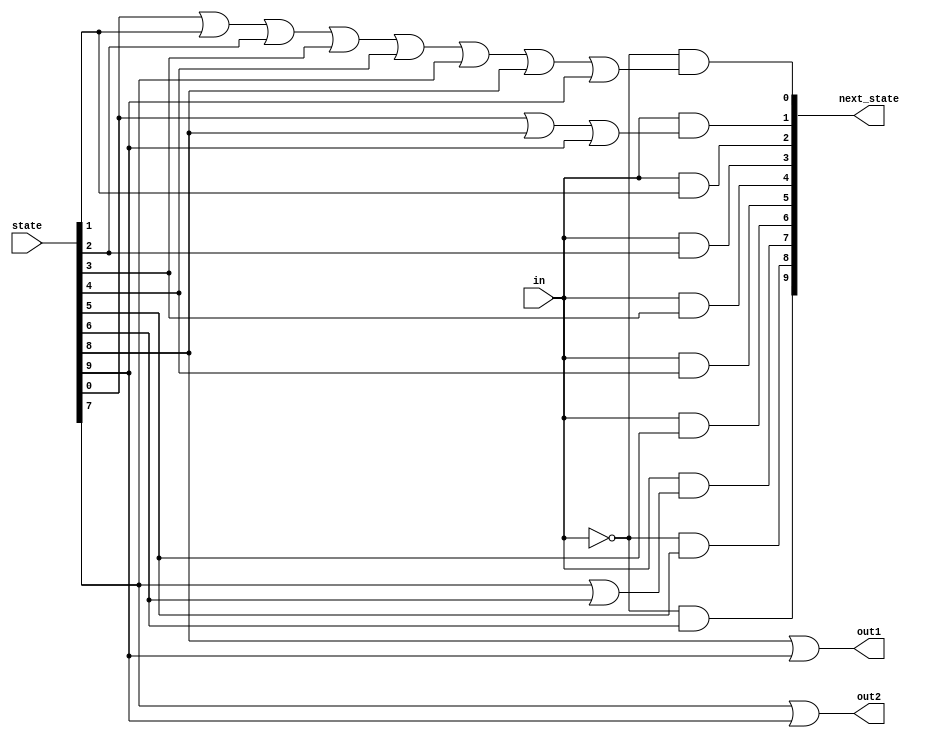
module top_module(
    input in,
    input [9:0] state,
    output [9:0] next_state,
    output out1,
    output out2);
    
    assign out1 = state[8] | state[9];
    assign out2 = state[7] | state[9];
    
    always@(*)begin
        next_state[0] = (~in) & (state[0] | state[1] | state[2] | state[3] | state[4] | state[7] | state[8] | state[9]);
        next_state[1] = in & (state[0] | state[8] | state[9]);
        next_state[2] = in & state[1];
        next_state[3] = in & state[2];
        next_state[4] = in & state[3];
        next_state[5] = in & state[4];
        next_state[6] = in & state[5];
        next_state[7] = in & (state[7] | state[6]);
        next_state[8] = (~in) & state[5];
        next_state[9] = (~in) & state[6];
    end

endmodule